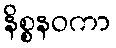
နိစ္စနဝကာ